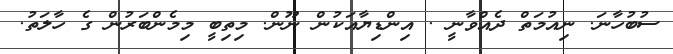
ސުބުހާނަ. ނިއުމަތް ދެއްވާނީ . އިންޑިޔާއަކުން ނޫން. މިތިބީ މިމެންބަރުން ގެ ހާލަތު.